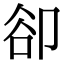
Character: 卻